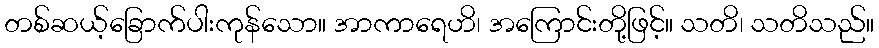
တစ်ဆယ့်ခြောက်ပါးကုန်သော။ အာကာရေဟိ၊ အကြောင်းတို့ဖြင့်။ သတိ၊ သတိသည်။